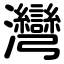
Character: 灣